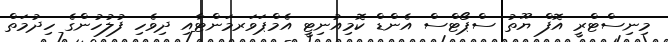
މިނިސްޓްރީ އޮފް ޔޫތު ސްޕޯޓްސް އެންޑް ކޮމިއުނިޓީ އެމްޕަވަރމަންޓާއި ދިވެހި ފުލުހުންގެ ހިދުމަތް